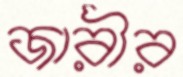
জারীর